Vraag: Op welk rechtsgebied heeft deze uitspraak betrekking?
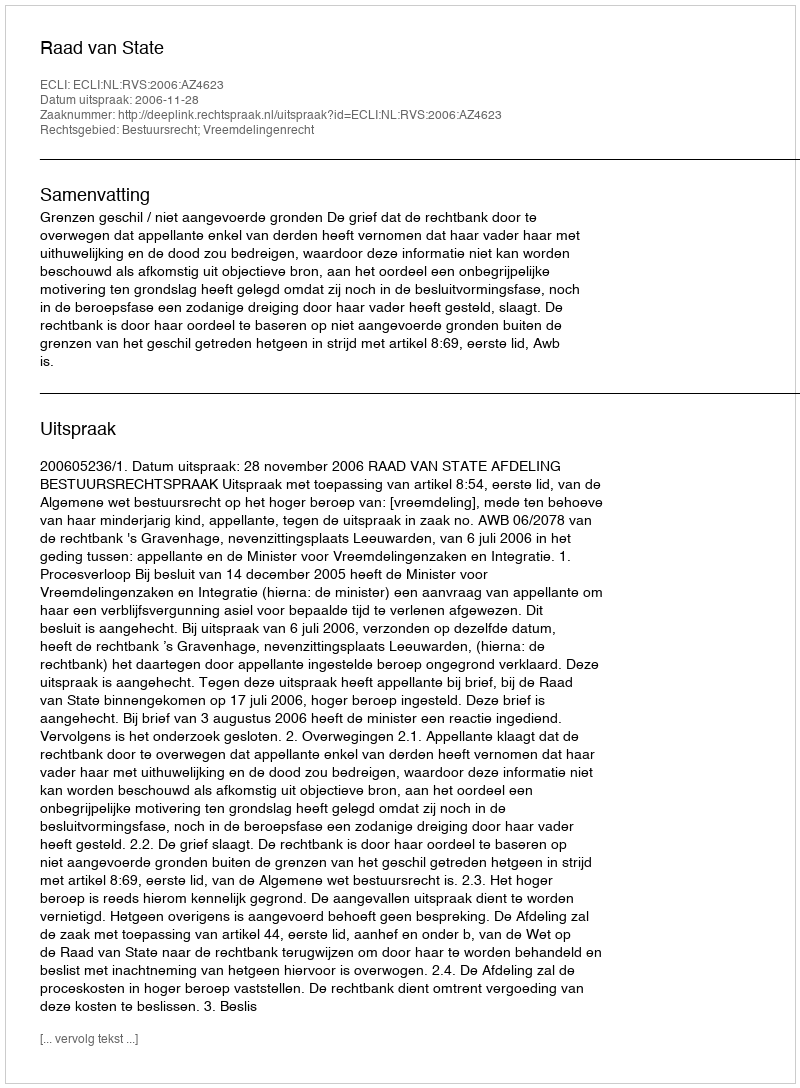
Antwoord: Bestuursrecht; Vreemdelingenrecht